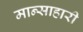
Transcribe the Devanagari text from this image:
मान्साहारी